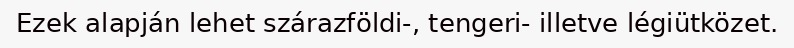
Ezek alapján lehet szárazföldi-, tengeri- illetve légiütközet.